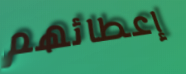
إعطائهم